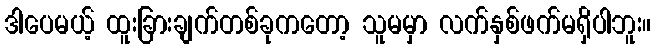
ဒါပေမယ့် ထူးခြားချက်တစ်ခုကတော့ သူမမှာ လက်နှစ်ဖက်မရှိပါဘူး။